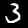
Digit: 3